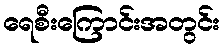
ရေစီးကြောင်းအတွင်း